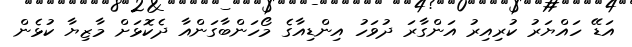
އަޑޭ ހައްޔަރު ކުރިއިރު އަންގާރަ ދުވަހު އިންޑިއާގެ މޯހަންބާގަންއާ ދެކޮޅަށް މާޒިޔާ ކުޅެން